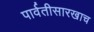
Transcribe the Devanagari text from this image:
पार्वतीसारखाच